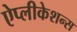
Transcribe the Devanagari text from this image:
ऐप्लीकेशन्स